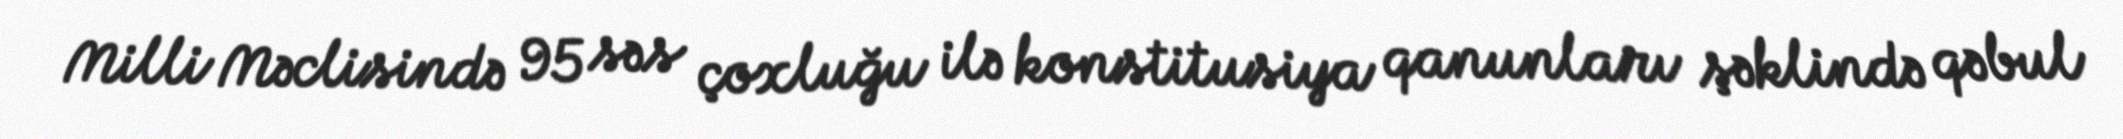
Milli Məclisində 95 səs çoxluğu ilə konstitusiya qanunları şəklində qəbul